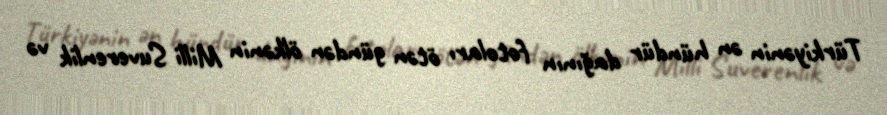
Türkiyənin ən hündür dağının fotoları ötən gündən ölkənin Milli Suverenlik və